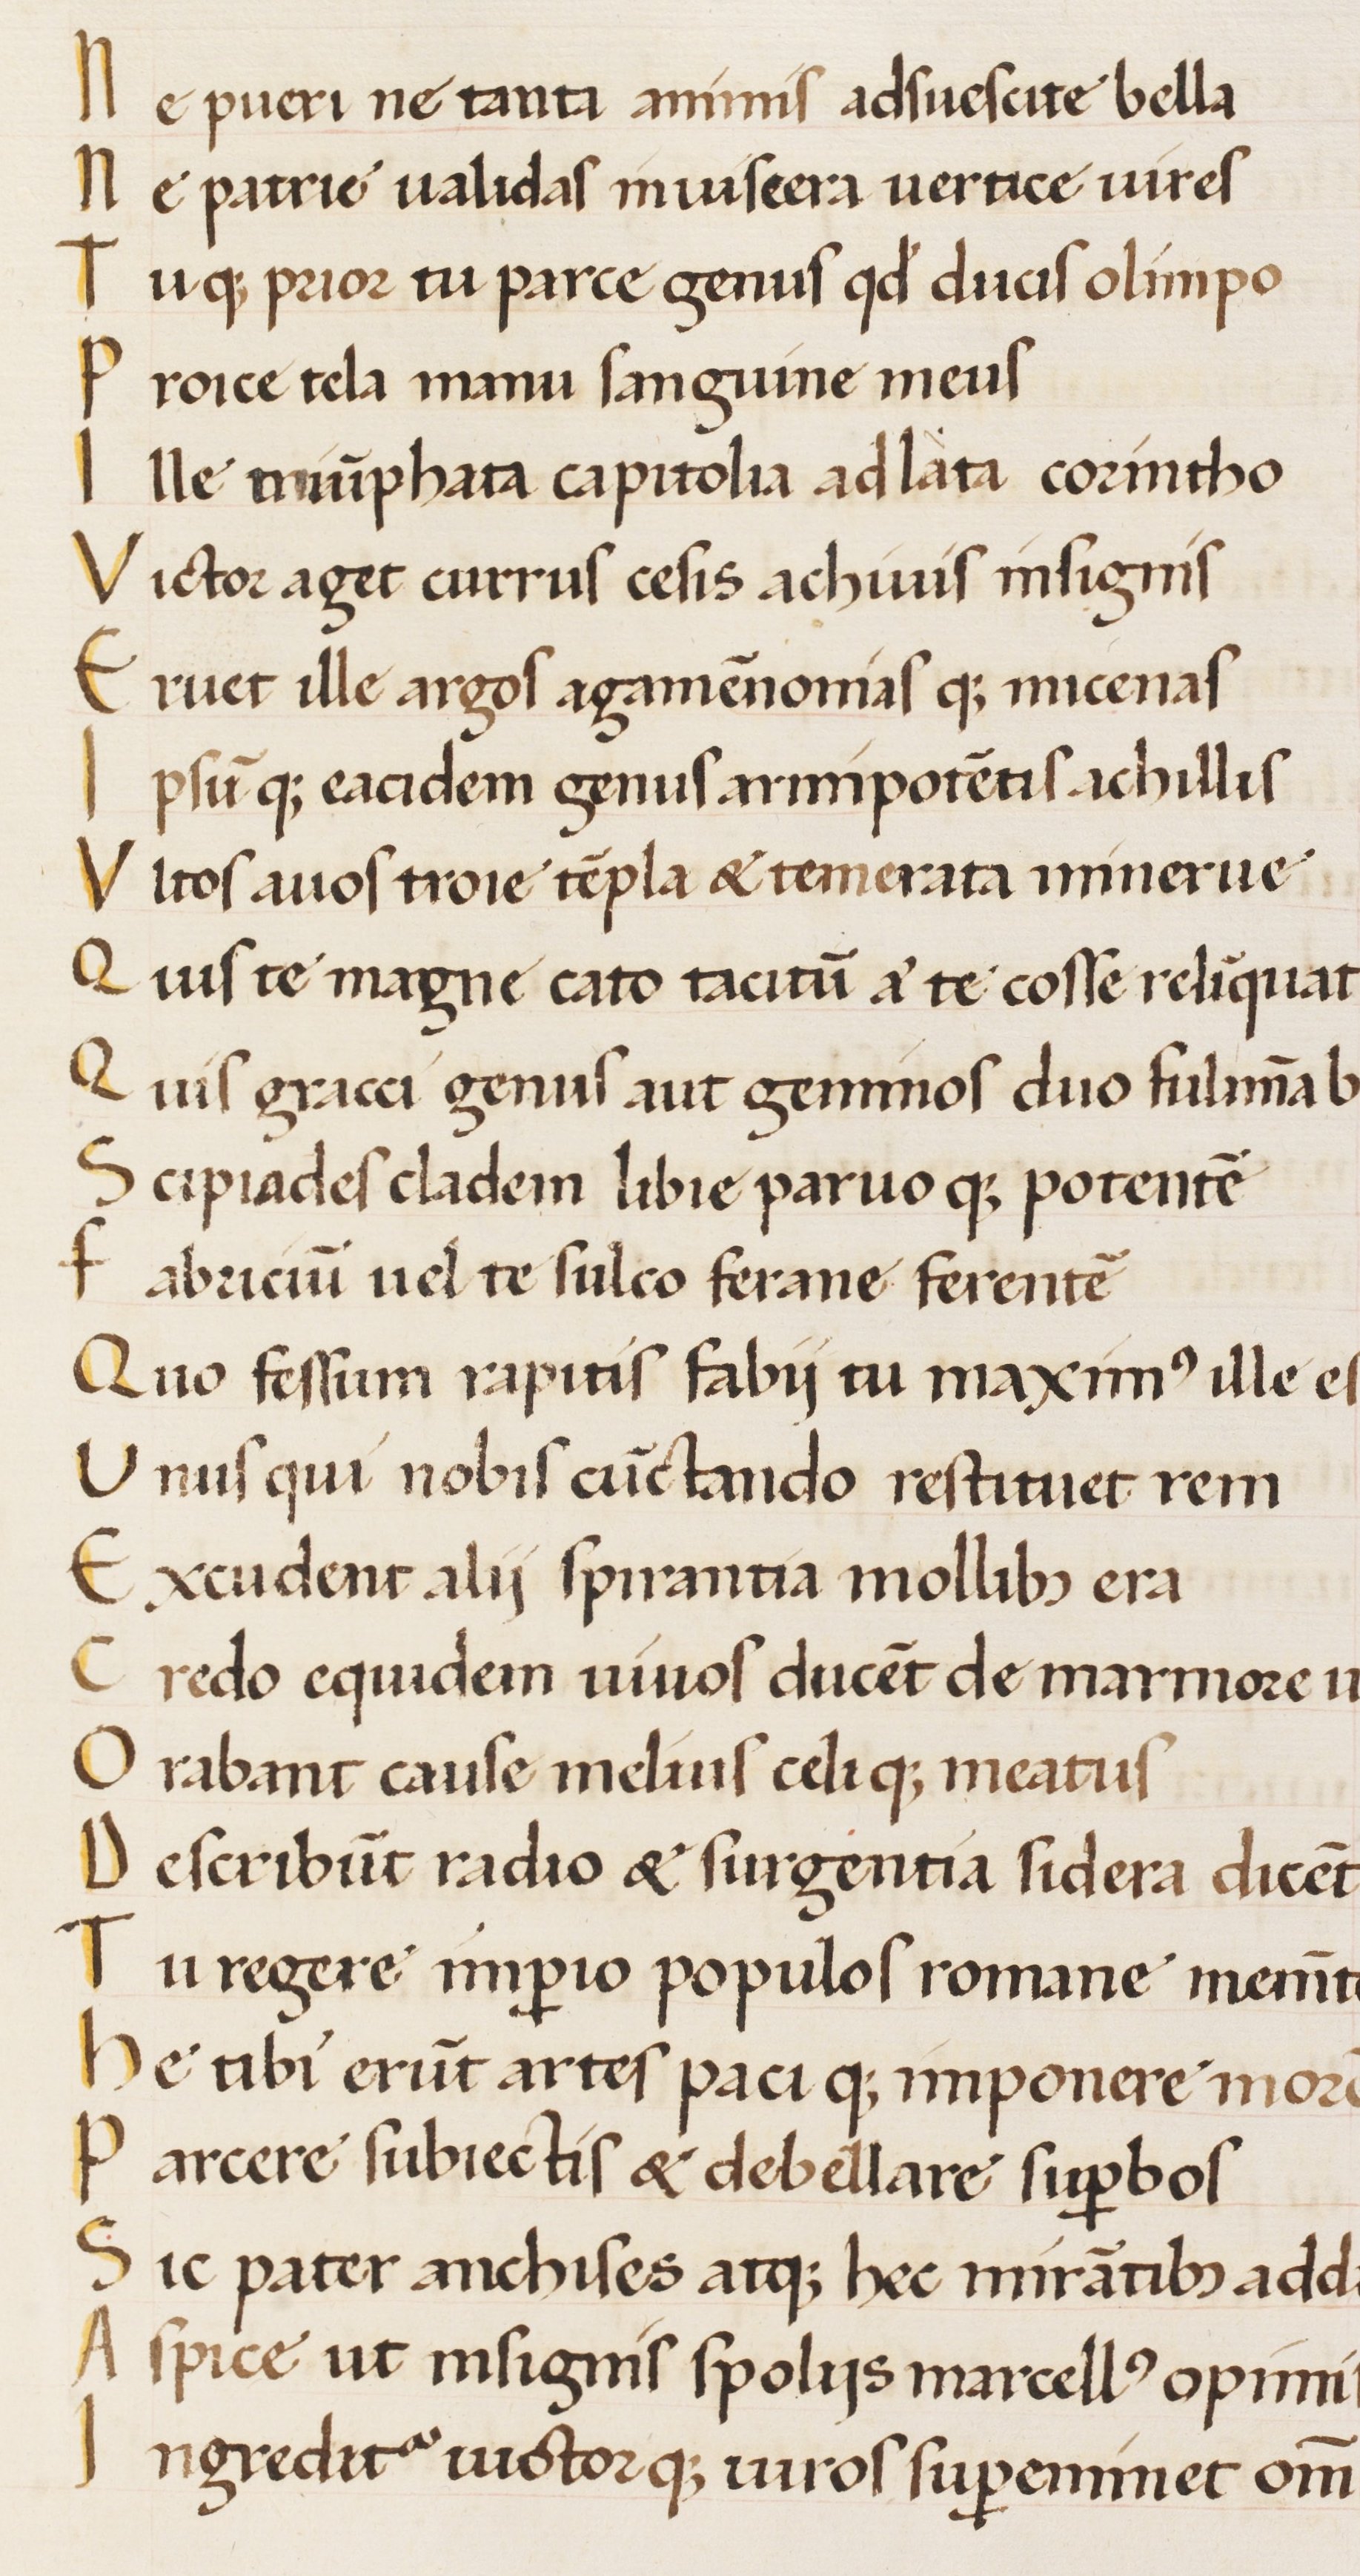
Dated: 1450–1474